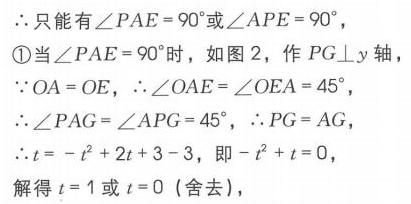
$\therefore$只能有$\angle PAE = 90^{\circ}$或$\angle APE = 90^{\circ}$，
\textcircled{1}当$\angle PAE = 90^{\circ}$时，如图 2，作$PG\perp y$轴，
$\because OA = OE$，$\therefore\angle OAE=\angle OEA = 45^{\circ}$，
$\therefore\angle PAG=\angle APG = 45^{\circ}$，$\therefore PG = AG$，
$\therefore t=-t^{2}+2t + 3 - 3$，即$-t^{2}+t = 0$，
解得$t = 1$或$t = 0$ (舍去)，